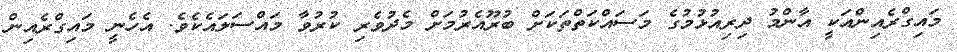
މައިގްރެއިންއަކީ އާންމު ދިރިއުޅުމުގެ މަސައްކަތްތަކަށް ބުރޫއެރުމަށް މެދުވެރި ކުރުވާ މައްސަލައެކެވެ. އެެހެނީ މައިގްރެއިން